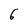
Character: 6